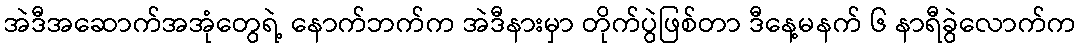
အဲဒီအဆောက်အအုံတွေရဲ့ နောက်ဘက်က အဲဒီနားမှာ တိုက်ပွဲဖြစ်တာ ဒီနေ့မနက် ၆ နာရီခွဲလောက်က